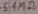
Text: 5.1MΩ